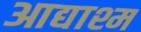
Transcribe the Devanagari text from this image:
आद्याश्म